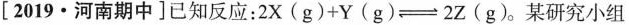
[2019·河南期中]已知反应：$$2 X ( g ) + Y ( g ) \rightleftharpoons 2 Z ( g )$$。某研究小组